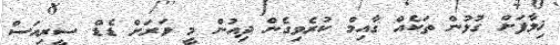
ޚިލާފަށް ގުޅުން ތަކެއް ގާއިމް ކުރެވިގެން ދިއުން މީ ވަރަށް ޑެޑް ސީރިއަސް